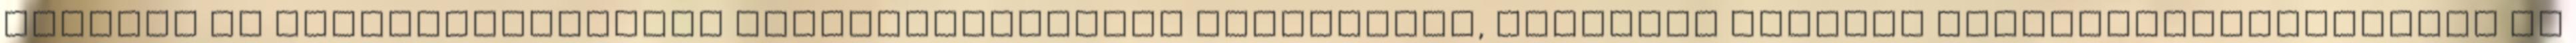
szakmai és mástevékenységek érdekképviseleti szerveivel, külföldi szakmai érdekképviseletekkel és